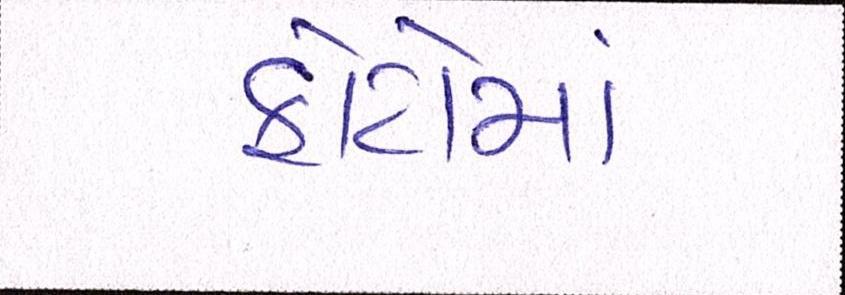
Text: ફોટોમાં